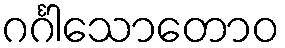
ဂင်္ဂါသောတောဝ